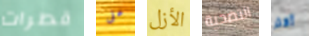
قطرات على الأزل التضحية أكثر